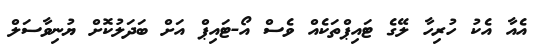
އެއާ އެކު ހުރިހާ ލޭގެ ޓައިޕްތަކެއް ވެސް އޯ-ޓައިޕް އަށް ބަދަލުކޮށް ޔުނިވާސަލް